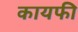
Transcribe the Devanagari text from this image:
कायफी